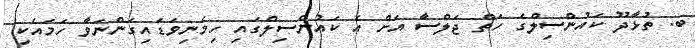
ބ. ތުޅާދޫ ކައުންސިލްގެ ހަތް ޖަލްސާ އަށް އެ ކައުންސިލްގައި ހިމެނިވަޑައިގަންނަވާ ހަމައެކި